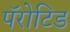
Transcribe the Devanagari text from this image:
पॅरोटिड